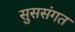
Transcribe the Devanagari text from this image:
सुससंगत